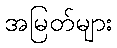
အမြတ်များ